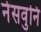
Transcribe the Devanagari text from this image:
नेसवुनि